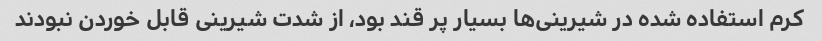
کرم استفاده شده در شیرینی‌ها بسیار پر قند بود، از شدت شیرینی قابل خوردن نبودند